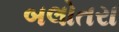
બલોતરા